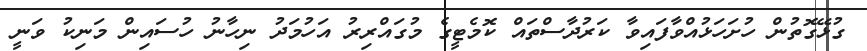
ގުޅޭގޮތުން ހުށަހަޅުއްވާފައިވާ ކަރުދާސްތައް ކޮމެޓީގެ މުގައްރިރު އަހުމަދު ނިހާނު ހުސައިން މަނިކު ވަނީ